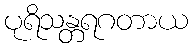
ပုရိသန္တရဂတာယ